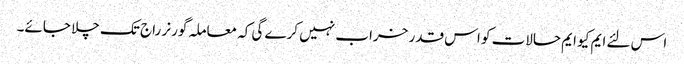
اس لئے ایم کیو ایم حالات کو اس قدر خراب نہیں کرے گی کہ معاملہ گورنر راج تک چلا جائے۔